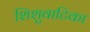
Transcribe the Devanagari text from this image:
शिशुवाटिका